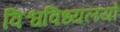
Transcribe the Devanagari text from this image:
विश्वविध्यलयों